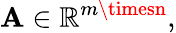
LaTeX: \mathbf{A}\in\mathbb{{R}}^{m\timesn},